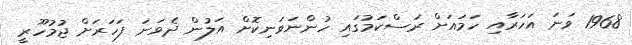
1968 ވަނަ އަހަރާއި ހަމައަށް ރަސްކަމުގައި ހުންނަވަނިކޮށް އަލުން ދެވަނަ ފަހަރަށް ޖުމުހޫރީ